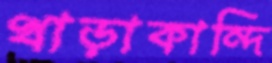
খাড়াকান্দি